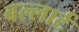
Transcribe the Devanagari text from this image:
बल्लार्ट